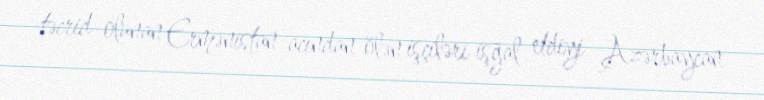
təcrid olunan Ermənistan acından ölən işçiləri işğal etdiyi Azərbaycan